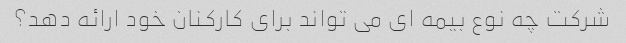
شرکت چه نوع بیمه ای می تواند برای کارکنان خود ارائه دهد؟